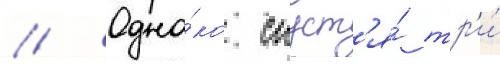
// Одна́ко спуст'я́ тр'и́